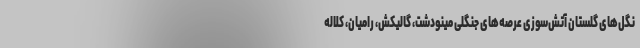
نگل‌های گلستان آتش‌سوزی عرصه‌های جنگلی مینودشت، گالیکش، رامیان، کلاله